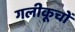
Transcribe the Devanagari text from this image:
गलीकूचों